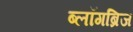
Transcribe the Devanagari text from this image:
ब्लॉगब्रिज